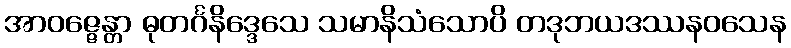
အာဝဇ္ဇေန္တာ ဓုတင်္ဂနိဒ္ဒေသေ သမာနိသံသောပိ တဒုဘယဒဿနဝသေန